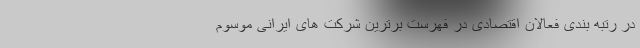
در رتبه بندی فعالان اقتصادی در فهرست برترین شرکت های ایرانی موسوم